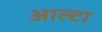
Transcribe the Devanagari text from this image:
आल्टा